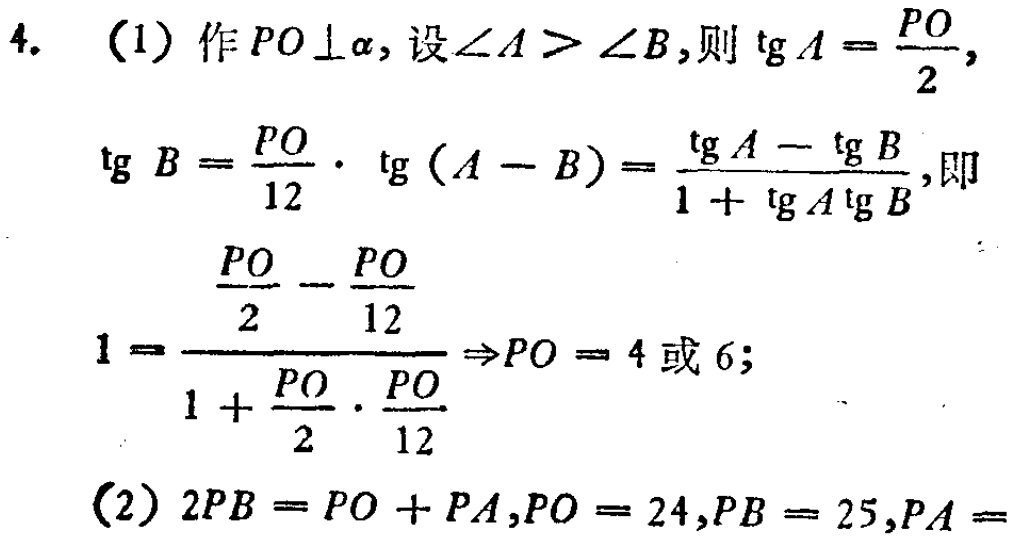
4. (1) 作 \(PO\perp\alpha\)，设 \(\angle A > \angle B\)，则 \(\tg A=\frac{PO}{2}\)，
\(\tg B = \frac{PO}{12}\cdot \tg(A - B)=\frac{\tg A-\tg B}{1 + \tg A\tg B}\)，即
\(1=\frac{\frac{PO}{2}-\frac{PO}{12}}{1+\frac{PO}{2}\cdot\frac{PO}{12}}\Rightarrow PO = 4\) 或 \(6\)；
(2) \(2PB=PO + PA\)，\(PO = 24\)，\(PB = 25\)，\(PA =\)